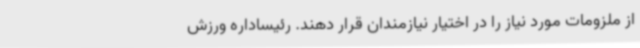
از ملزومات مورد نیاز را در اختیار نیازمندان قرار دهند. رئیساداره ورزش